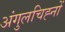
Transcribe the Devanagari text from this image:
अंगुलचिह्नों